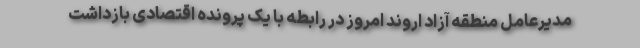
مدیرعامل منطقه آزاد اروند امروز در رابطه با یک پرونده اقتصادی بازداشت